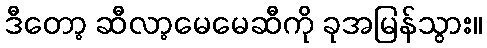
ဒီတော့ ဆီလာ့မေမေဆီကို ခုအမြန်သွား။